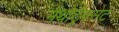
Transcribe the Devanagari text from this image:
मेथोट्रेक्सेट